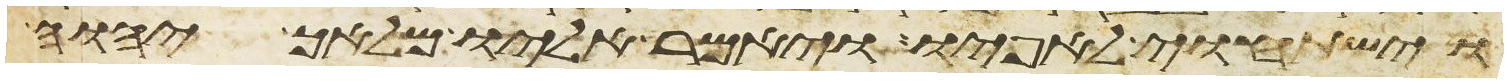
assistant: וישתחוי לאפיו ויאמר אליו מלאך יהוה